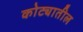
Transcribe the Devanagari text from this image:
कोट्यातील